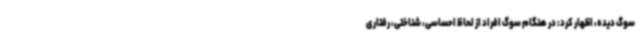
سوگ دیده، اظهار کرد: در هنگام سوگ افراد از لحاظ احساسی، شناختی، رفتاری